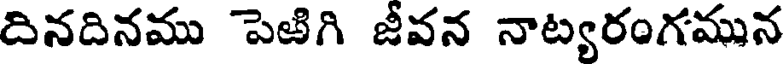
దినదినము పెఱిగి జీవన నాట్యరంగమున